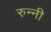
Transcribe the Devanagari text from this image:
रुन्नी